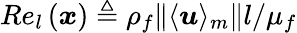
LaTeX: Re_{l}\left(\boldsymbol{x}\right)\triangleq\rho_{f}\| \langle\boldsymbol{u}\rangle_{m}\| l/\mu_{f}